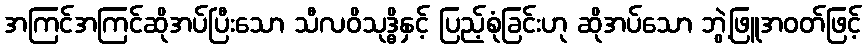
အကြင်အကြင်ဆိုအပ်ပြီးသော သီလဝိသုဒ္ဓိနှင့် ပြည့်စုံခြင်းဟု ဆိုအပ်သော ဘွဲ့ဖြူအဝတ်ဖြင့်